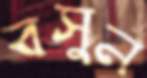
বসুন